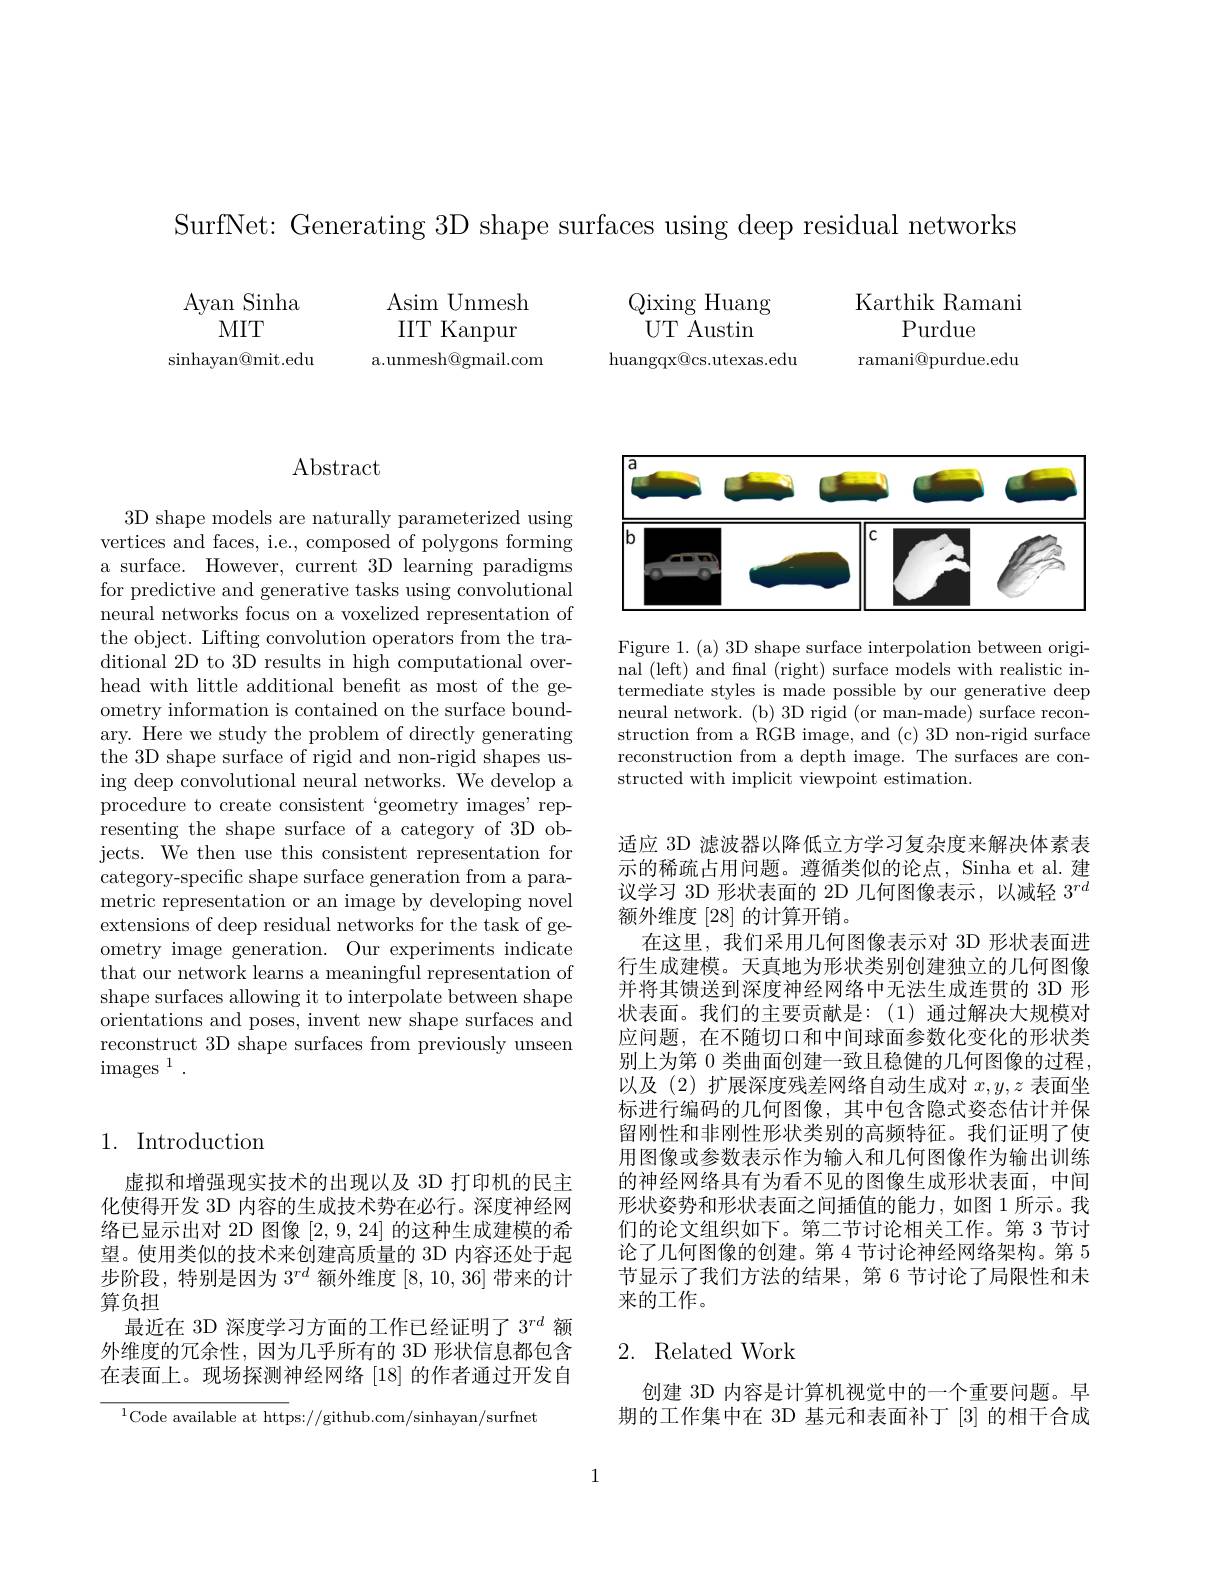
SurfNet: Generating 3D shape surfaces using deep residual networks

Karthik Ramani
Purdue
ramani@purdue.edu

$\operatorname{Asim}$Unmesh IIT Kanpur
a.unmesh@gmail.com

Ayan Sinha
MIT
$\sinh$ayan@mit.edu

Qixing Huang UT ${\mathrm{Austin}}$
${\mathrm{huangqx@cs.utexas.edu}}$

## Abstract

3D shape models are naturally parameterized using vertices and faces, i.e., composed of polygons forming a surface. However, current 3D learning paradigms for predictive and generative tasks using convolutional neural networks focus on a voxelized representation of the object. Lifting convolution operators from the traditional 2D to 3D results in high computational overhead with little additional beneft as most of the geometry information is contained on the surface boundary. Here we study the problem of directly generating the 3D shape surface of rigid and non-rigid shapes using deep convolutional neural networks. We develop a procedure to create consistent 'geometry images'representing the shape surface of a category of 3D objects. We then use this consistent representation for category-specific shape surface generation from a parametric representation or an image by developing novel extensions of deep residual networks for the task of geometry image generation. Our experiments indicate that our network learns a meaningful representation of shape surfaces allowing it to interpolate between shape orientations and poses, invent new shape surfaces and reconstruct 3D shape surfaces from previously unseen $\operatorname{images}^{1}.$

# 1. Introduction

虚拟和增强现实技术的出现以及 3D 打印机的民主化使得开发 3D 内容的生成技术势在必行。深度神经网络已显示出对 2D 图像[2,9,24]的这种生成建模的希望。使用类似的技术来创建高质量的 3D 内容还处于起步阶段，特别是因为$3^rd$额外维度[8,10,36]带来的计算负担
最近在 3D 深度学习方面的工作已经证明了$3^{rd}$额外维度的冗余性，因为几乎所有的 3D 形状信息都包含在表面上。现场探测神经网络[18]的作者通过开发自

$^{1}$Code available at https://github.com/sinhayan/surfnet

<FigureHere>

Figure 1. (a) 3D shape surface interpolation between original (left) and final (right) surface models with realistic intermediate styles is made possible by our generative deep neural network. (b) 3D rigid (or man-made) surface reconstruction from a RGB image, and (c) 3D non-rigid surface reconstruction from a depth image. The surfaces are constructed with implicit viewpoint estimation.

适应 3D 滤波器以降低立方学习复杂度来解决体素表示的稀疏占用问题。遵循类似的论点，Sinha et al. 建议学习 3D 形状表面的 2D 几何图像表示，以减轻$3^{rd}$ 额外维度[28]的计算开销。
在这里，我们采用几何图像表示对 3D 形状表面进行生成建模。天真地为形状类别创建独立的几何图像并将其馈送到深度神经网络中无法生成连贯的 3D 形状表面。我们的主要贡献是：(1)通过解决大规模对应问题，在不随切口和中间球面参数化变化的形状类别上为第 0 类曲面创建一致且稳健的几何图像的过程， 以及(2)扩展深度残差网络自动生成对$x,y,z$表面坐标进行编码的几何图像，其中包含隐式姿态估计并保留刚性和非刚性形状类别的高频特征。我们证明了使用图像或参数表示作为输入和几何图像作为输出训练的神经网络具有为看不见的图像生成形状表面，中间形状姿势和形状表面之间插值的能力，如图 1 所示。我们的论文组织如下。第二节讨论相关工作。第 3 节讨论了几何图像的创建。第 4 节讨论神经网络架构。第 5节显示了我们方法的结果，第 6 节讨论了局限性和未来的工作。

## 2. Related Work

创建 3D 内容是计算机视觉中的一个重要问题。早期的工作集中在 3D 基元和表面补丁[3]的相干合成

1